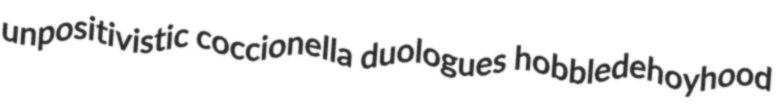
unpositivistic coccionella duologues hobbledehoyhood